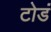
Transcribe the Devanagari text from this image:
टोडं